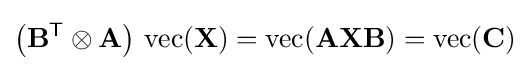
\left(\mathbf {B} ^{\textsf {T}}\otimes \mathbf {A} \right)\,\operatorname {vec} (\mathbf {X} )=\operatorname {vec} (\mathbf {AXB} )=\operatorname {vec} (\mathbf {C} )